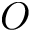
O